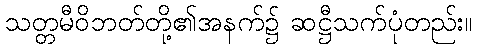
သတ္တမီဝိဘတ်တို့၏အနက်၌ ဆဋ္ဌီသက်ပုံတည်း။